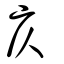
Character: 庂